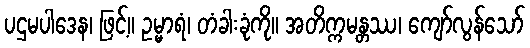
ပဌမပါဒေန၊ ဖြင့်။ ဥမ္မာရံ၊ တံခါးခုံကို။ အတိက္ကမန္တဿ၊ ကျော်လွန်သော်